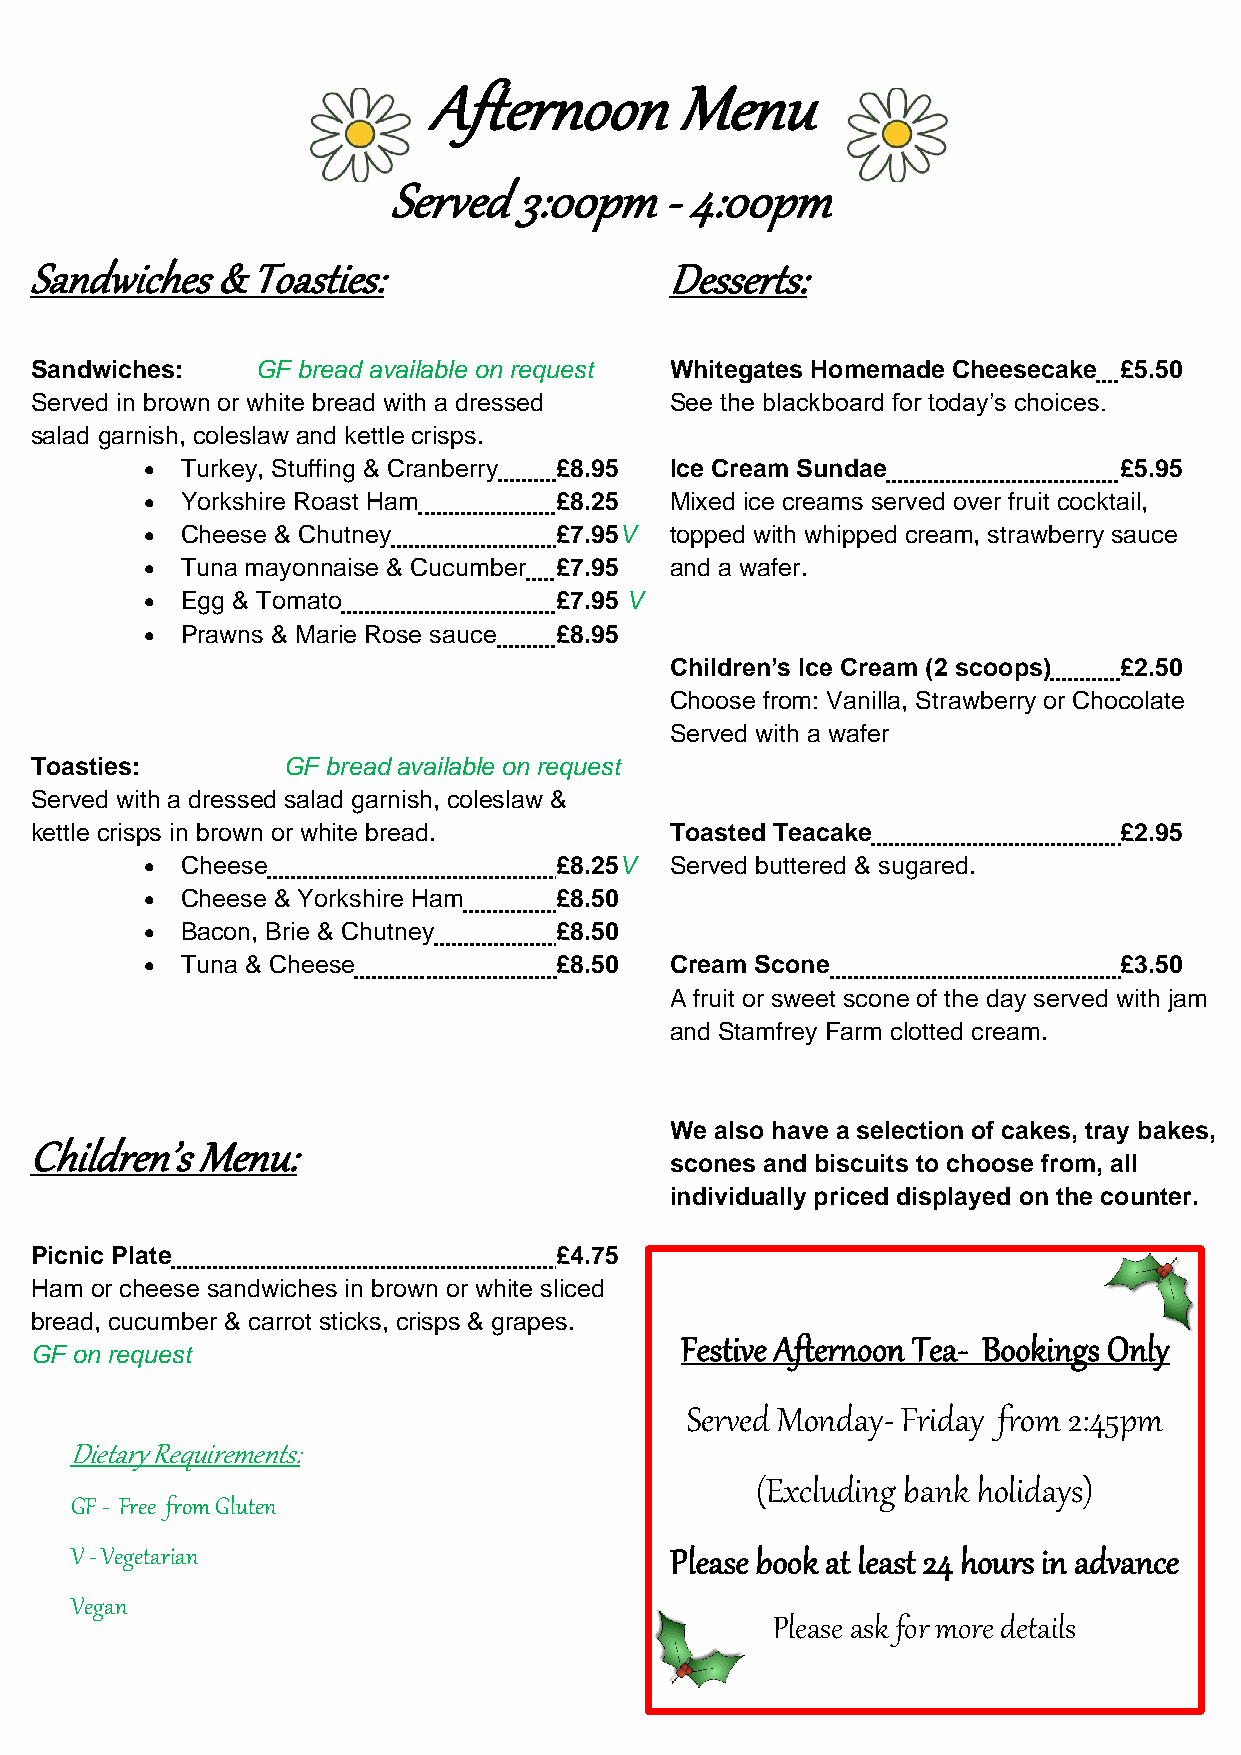
Afternoon       Menu
 Served   3:00pm    - 4:00pm
 Afternoon
 Sandwiches  & Toasties:                   Desserts:
 Sandwiches:    GF bread available on request Whitegates Homemade Cheesecake £5.50
 Served in brown or white bread with a dressed See the blackboard for today’s choices.
 salad garnish, coleslaw and kettle crisps.
 • Turkey, Stuffing & Cranberry £8.95 Ice Cream Sundae           £5.95
 • Yorkshire Roast Ham      £8.25  Mixed ice creams served over fruit cocktail,
 • Cheese & Chutney         £7.95V topped with whipped cream, strawberry sauce
 • Tuna mayonnaise & Cucumber £7.95 and a wafer.
 • Egg & Tomato             £7.95 V
 • Prawns & Marie Rose sauce £8.95
 Children’s Ice Cream (2 scoops) £2.50
 Choose from: Vanilla, Strawberry or Chocolate
 Served with a wafer
 Toasties:        GF bread available on request
 Served with a dressed salad garnish, coleslaw &
 kettle crisps in brown or white bread.    Toasted Teacake               £2.95
 • Cheese                   £8.25V Served buttered & sugared.
 • Cheese & Yorkshire Ham   £8.50
 • Bacon, Brie & Chutney    £8.50
 • Tuna & Cheese            £8.50  Cream Scone                   £3.50
 A fruit or sweet scone of the day served with jam
 and Stamfrey Farm clotted cream.
 We also have a selection of cakes, tray bakes,
 Children’s Menu:
 scones and biscuits to choose from, all
 individually priced displayed on the counter.
 Picnic Plate                       £4.75
 Ham or cheese sandwiches in brown or white sliced
 bread, cucumber & carrot sticks, crisps & grapes.
 Festive Afternoon Tea- Bookings Only
 GF on request
 Served Monday- Friday from 2:45pm
 Dietary Requirements:
 (Excluding bank holidays)
 GF - Free from Gluten
 V - Vegetarian                         Please book at least 24 hours in advance
 Vegan
 Please ask for more details